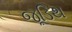
જૂડિથ